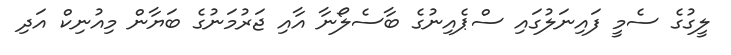
ލީގުގެ ސެމީ ފައިނަލުގައި ސްޕެއިނުގެ ބާސެލޯނާ އާއި ޖަރުމަނުގެ ބަޔާން މިއުނިކް އަދި